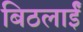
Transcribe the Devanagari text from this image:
बिठलाईं